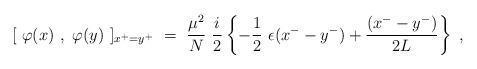
LaTeX: \begin{align*}[~\varphi(x)~,~\varphi(y)~]_{x^+=y^+} ~=~ \frac{\mu^2}{N}~ \frac{i}{2} \left\{ - \frac{1}{2}~ \epsilon( x^- - y^- ) + \frac{( x^- - y^- ) }{2 L} \right\} ~, \end{align*}